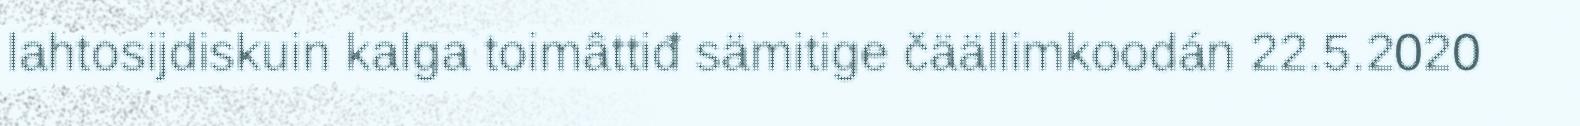
lahtosijdiskuin kalga toimâttiđ sämitige čäällimkoodán 22.5.2020